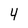
Character: 4